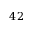
4 2